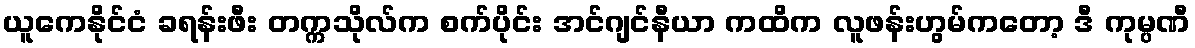
ယူကေနိုင်ငံ ခရန်းဖီး တက္ကသိုလ်က စက်ပိုင်း အင်ဂျင်နီယာ ကထိက လူဖန်းဟွမ်ကတော့ ဒီ ကုမ္ပဏီ